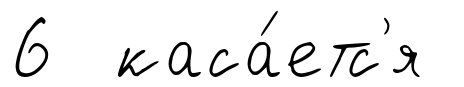
6 каса́етс'я